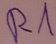
Text: R1